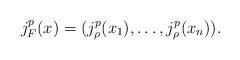
LaTeX: \begin{align*}j_F^p(x) = (j_\rho^p(x_1),\ldots,j_\rho^p(x_n)).\end{align*}